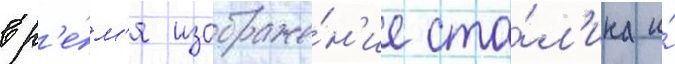
вр'е́м'я изображе́н'ие ста́л'ина и́